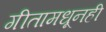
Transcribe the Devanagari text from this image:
गीतामधूनही